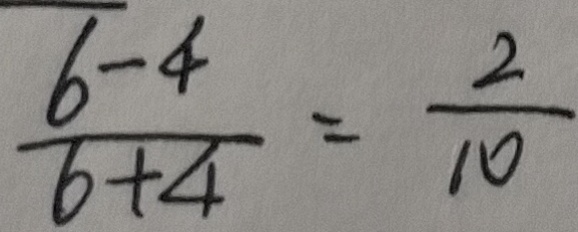
\frac { 6 - 4 } { 6 + 4 } = \frac { 2 } { 1 0 }